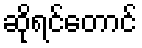
ဆိုရင်တောင်